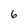
Character: 6